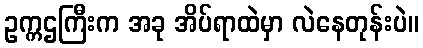
ဥက္ကဌကြီးက အခု အိပ်ရာထဲမှာ လဲနေတုန်းပဲ။